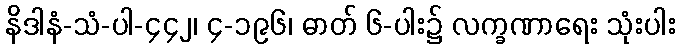
နိဒါနံ-သံ-ပါ-၄၄၂၊ ၄-၁၉၆၊ ဓာတ် ၆-ပါး၌ လက္ခဏာရေး သုံးပါး